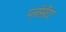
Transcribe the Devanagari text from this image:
प्लॅसेंटा